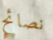
نصائح